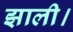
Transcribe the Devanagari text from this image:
झाली।